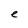
Character: e